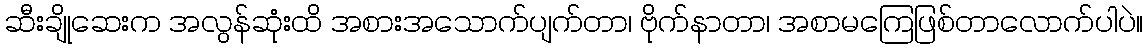
ဆီးချိုဆေးက အလွန်ဆုံးထိ အစားအသောက်ပျက်တာ၊ ဗိုက်နာတာ၊ အစာမကြေဖြစ်တာလောက်ပါပဲ။